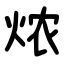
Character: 㶶